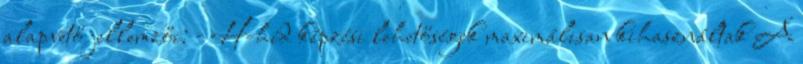
alapvető jellemzői: - H-híd képzési lehetőségek maximálisan kihasználtak A